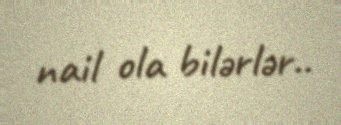
nail ola bilərlər..